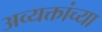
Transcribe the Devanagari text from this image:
अव्यक्तांच्या